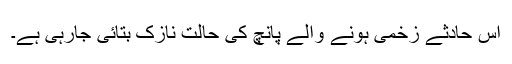
اس حادثے زخمی ہونے والے پانچ کی حالت نازک بتائی جارہی ہے۔